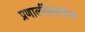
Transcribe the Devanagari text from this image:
प्रणालींप्रमाणेच